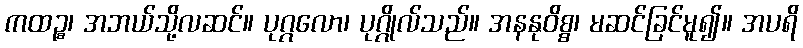
ကထဉ္စ၊ အဘယ်သို့လဆင်။ ပုဂ္ဂလော၊ ပုဂ္ဂိုလ်သည်။ အနနုဝိစ္စ၊ မဆင်ခြင်မူ၍။ အပရိ